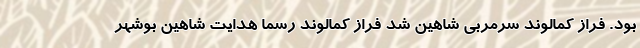
بود. فراز کمالوند سرمربی شاهین شد فراز کمالوند رسما هدایت شاهین بوشهر